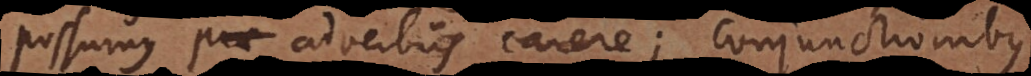
possumus prae adverbiis carere; conjunctionibus